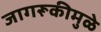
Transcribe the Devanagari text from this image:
जागरूकीमुळे